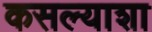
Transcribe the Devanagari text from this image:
कसल्याशा